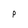
Character: p